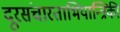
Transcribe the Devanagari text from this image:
दूरसंचारताभियान्त्रिकी